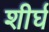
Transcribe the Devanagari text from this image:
शीर्घ